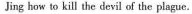
Jing how to kill the devil of the plague.